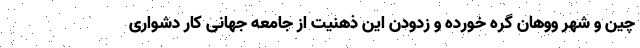
چین و شهر ووهان گره خورده و زدودن این ذهنیت از جامعه جهانی کار دشواری